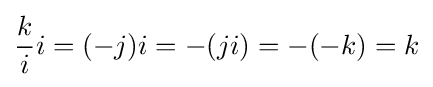
{\frac {k}{i}}i=(-j)i=-(ji)=-(-k)=k